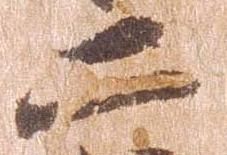
二